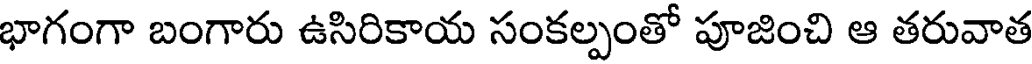
భాగంగా బంగారు ఉసిరికాయ సంకల్పంతో పూజించి ఆ తరువాత